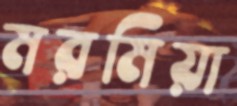
মরমিয়া